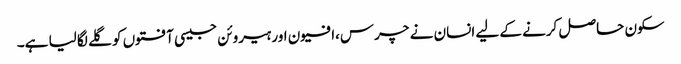
سکون حاصل کرنے کے لیے انسان نے چرس،افیون اور ہیروئن جیسی آفتوں کو گلے لگا لیا ہے۔